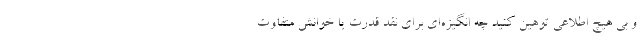
و بی هیچ اطلاعی توهین کنید چه انگیزه‌ای برای نقد قدرت یا خوانش متفاوت